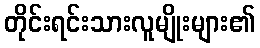
တိုင်းရင်းသားလူမျိုးများ၏